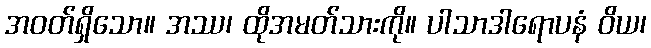
အဝတ်ရှိသော။ အဿ၊ ထိုအမတ်သားကို။ ပါသာဒါရောပနံ ဝိယ၊